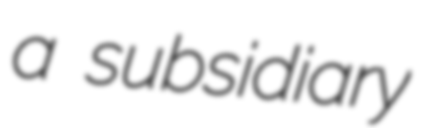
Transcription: a subsidiary